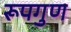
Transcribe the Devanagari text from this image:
रूपगुण